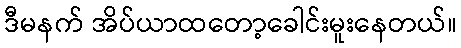
ဒီမနက် အိပ်ယာထတော့ခေါင်းမူးနေတယ်။